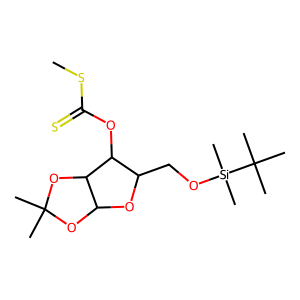
SMILES: CSC(=S)OC1C(CO[Si](C)(C)C(C)(C)C)OC2OC(C)(C)OC21
Inhibits HIV replication: No